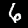
Digit: 6